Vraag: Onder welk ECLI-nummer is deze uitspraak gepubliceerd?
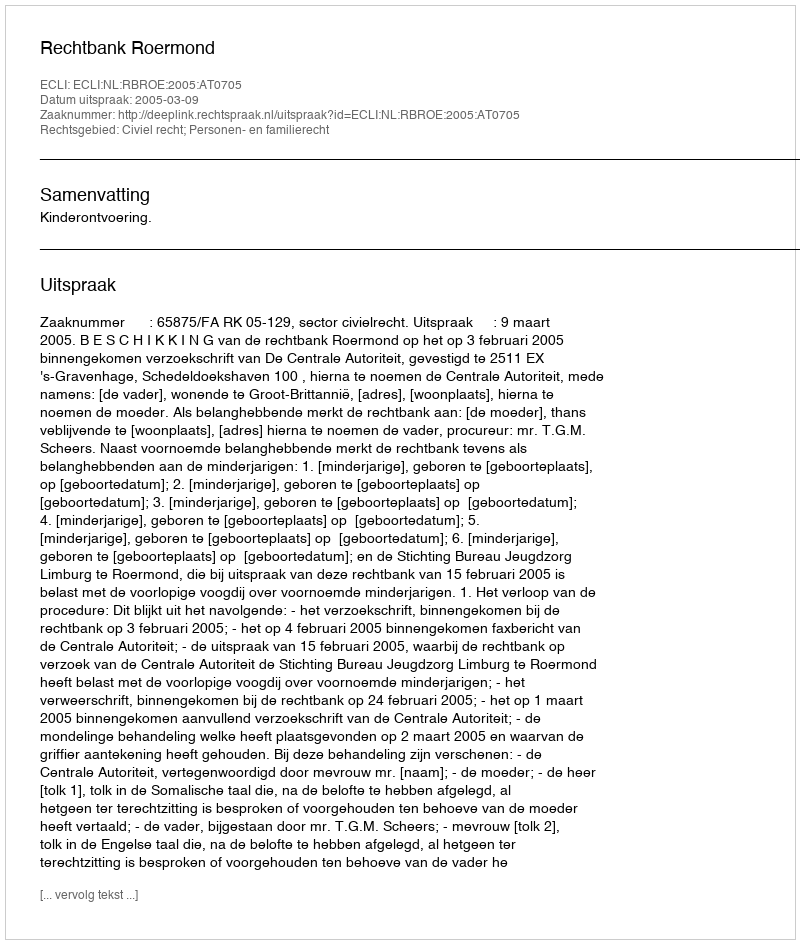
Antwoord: ECLI:NL:RBROE:2005:AT0705